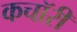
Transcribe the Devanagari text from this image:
कचॉरी